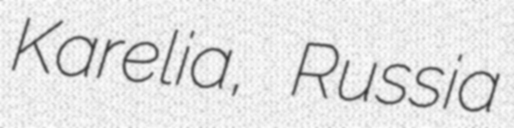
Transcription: Karelia, Russia